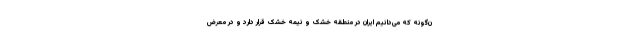
ن‌گونه که می‌دانیم ایران در منطقه خشک و نیمه خشک قرار دارد و در معرض